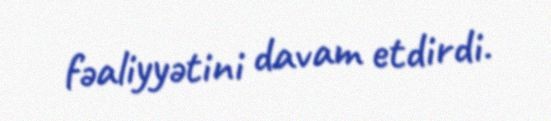
fəaliyyətini davam etdirdi.